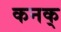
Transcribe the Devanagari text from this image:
कनक्